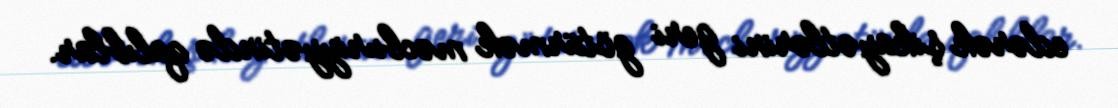
edərək şikayətlərini geri götürmək məcburiyyətində qalıblar.